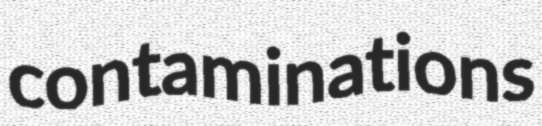
contaminations